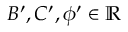
B ^ { \prime } , C ^ { \prime } , \phi ^ { \prime } \in \mathbb { R }